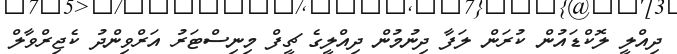
ދިއްލީ ލޮކްޑައުން ކުރަން ލަފާ ދިނުމުން ދިއްލީގެ ޗީފް މިނިސްޓަރު އަރްވިންދު ކެޖިރްވާލް